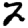
Digit: 2